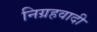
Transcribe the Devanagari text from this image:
निग्रहवादी